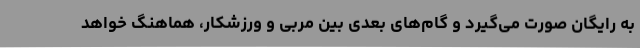
به رایگان صورت می‌گیرد و گام‌های بعدی بین مربی و ورزشکار، هماهنگ خواهد